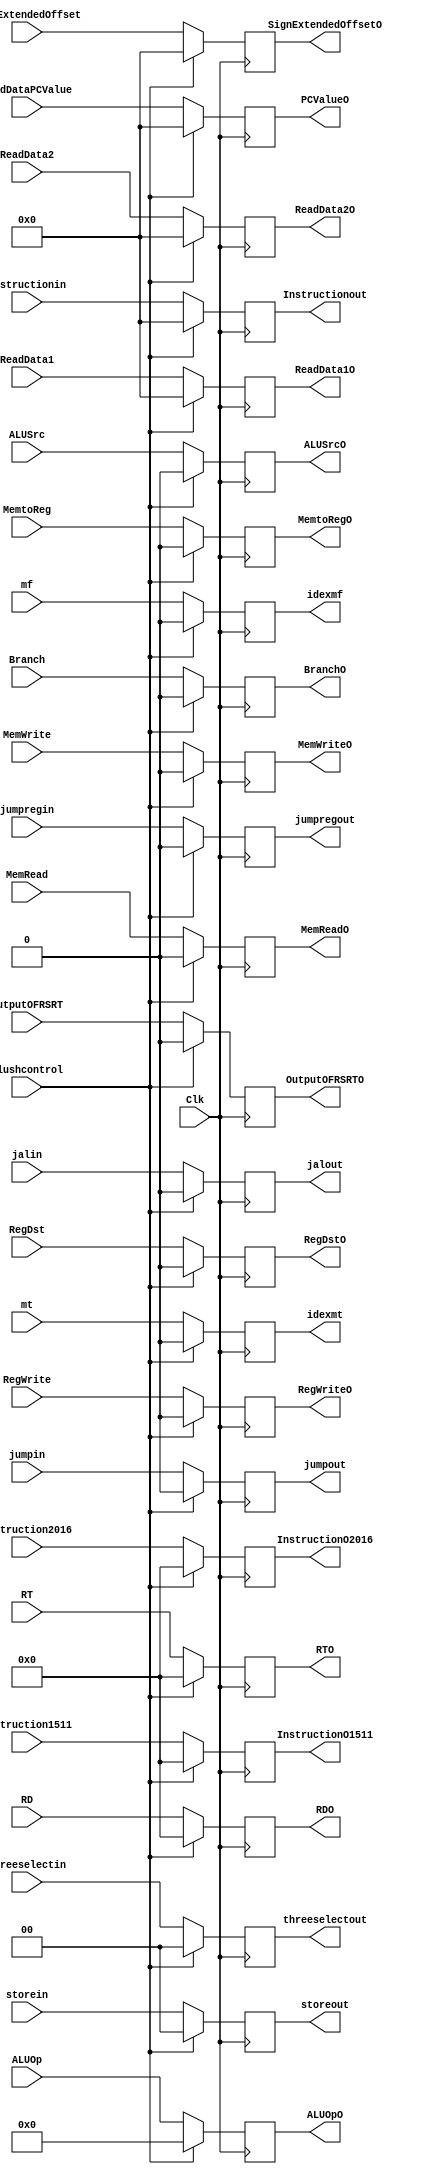
`timescale 1ns / 1ps

//Jennifer Nadolski / Joseph Emnett

module IDEXReg(ALUSrc, RegDst, RegWrite, ALUOp, MemRead, MemWrite, MemtoReg, Branch, OutputOFRSRT,
ALUSrcO, RegDstO, RegWriteO, ALUOpO, MemReadO, MemWriteO,MemtoRegO,BranchO, OutputOFRSRTO, Clk,ReadData1, ReadData2,
ReadData1O, ReadData2O, SignExtendedOffset, SignExtendedOffsetO, RD, RDO, RT, RTO, ReadDataPCValue, PCValueO,Instruction2016, Instruction1511
,InstructionO2016, InstructionO1511,threeselectin, threeselectout,jumpin,jumpout, Instructionin, Instructionout,storein, storeout, jalin,jalout
,jumpregin, jumpregout, flushcontrol, mt, mf, idexmt, idexmf); 
    input [1:0] threeselectin;
    input jalin;
    input jumpregin;
    input flushcontrol; 
    input mt, mf; 
    output reg idexmt, idexmf; 
    output reg jumpregout;
    output reg jalout;
    output reg [1:0] threeselectout;
    input [31:0]Instructionin;
    output reg [31:0] Instructionout;
    input jumpin;
    output reg jumpout;
    input [1:0] storein;
    output reg [1:0] storeout;
	input ALUSrc, RegDst, RegWrite, MemRead, MemWrite,MemtoReg,Branch, OutputOFRSRT, Clk;
	input [5:0] ALUOp;
	input [31:0] ReadData1, ReadData2;
	input [31:0] SignExtendedOffset, ReadDataPCValue;
	input [4:0] RD, RT;
    input [4:0] Instruction2016, Instruction1511;
    output reg [4:0] InstructionO2016,InstructionO1511;
	output reg ALUSrcO, RegDstO, RegWriteO, MemReadO, MemWriteO,MemtoRegO,BranchO, OutputOFRSRTO;
	output reg [5:0] ALUOpO;
	output reg [31:0] ReadData1O, ReadData2O;
	output reg [31:0] SignExtendedOffsetO, PCValueO;
	output reg [4:0] RDO, RTO;
	
	
	    always @(posedge Clk) begin 
	    
	       if (flushcontrol ==1'b0)begin
              Instructionout<= Instructionin;   
              storeout<=storein;
              jumpout<=jumpin;
              threeselectout<= threeselectin;
              ALUSrcO <= ALUSrc;
              RegDstO<= RegDst;
              RegWriteO <= RegWrite;
              MemReadO <= MemRead;
              MemWriteO <= MemWrite;
              MemtoRegO<= MemtoReg;
              jumpregout<=jumpregin;
              BranchO <= Branch;
              OutputOFRSRTO <= OutputOFRSRT;
              InstructionO2016<=Instruction2016;
              InstructionO1511<=Instruction1511;
              ALUOpO <= ALUOp;
              ReadData1O <= ReadData1;
              ReadData2O<= ReadData2;
              SignExtendedOffsetO <= SignExtendedOffset;
              RDO<=RD;
              RTO<=RT;
              PCValueO <= ReadDataPCValue;
              jalout<=jalin;
              idexmt <= mt; 
              idexmf <= mf; 
          end
          else if (flushcontrol ==1'b1)begin
            Instructionout<= 0;   
            storeout<=0;
            jumpout<=0;
            threeselectout<= 0;
            ALUSrcO <= 0;
            RegDstO<= 0;
            RegWriteO <= 0;
            MemReadO <= 0;
            MemWriteO <= 0;
            MemtoRegO<= 0;
            jumpregout<=0;
            BranchO <= 0;
            OutputOFRSRTO <= 0;
            InstructionO2016<=0;
            InstructionO1511<=0;
            ALUOpO <= 0;
            ReadData1O <= 0;
            ReadData2O<= 0;
            SignExtendedOffsetO <= 0;
            RDO<=0;
            RTO<=0;
            PCValueO <= 0;
            jalout<=0;
            idexmt <= 0; 
            idexmf <= 0; 
          end
              
    end
 

endmodule